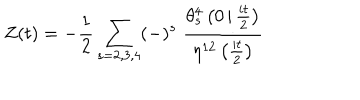
Z ( t ) = - { \frac { 1 } { 2 } } \sum _ { s = 2 , 3 , 4 } ( - ) ^ { s } \; { \frac { \theta _ { s } ^ { 4 } \left( 0 \left. \right| { \frac { i t } { 2 } } \right) } { \eta ^ { 1 2 } \left( { \frac { i t } { 2 } } \right) } }